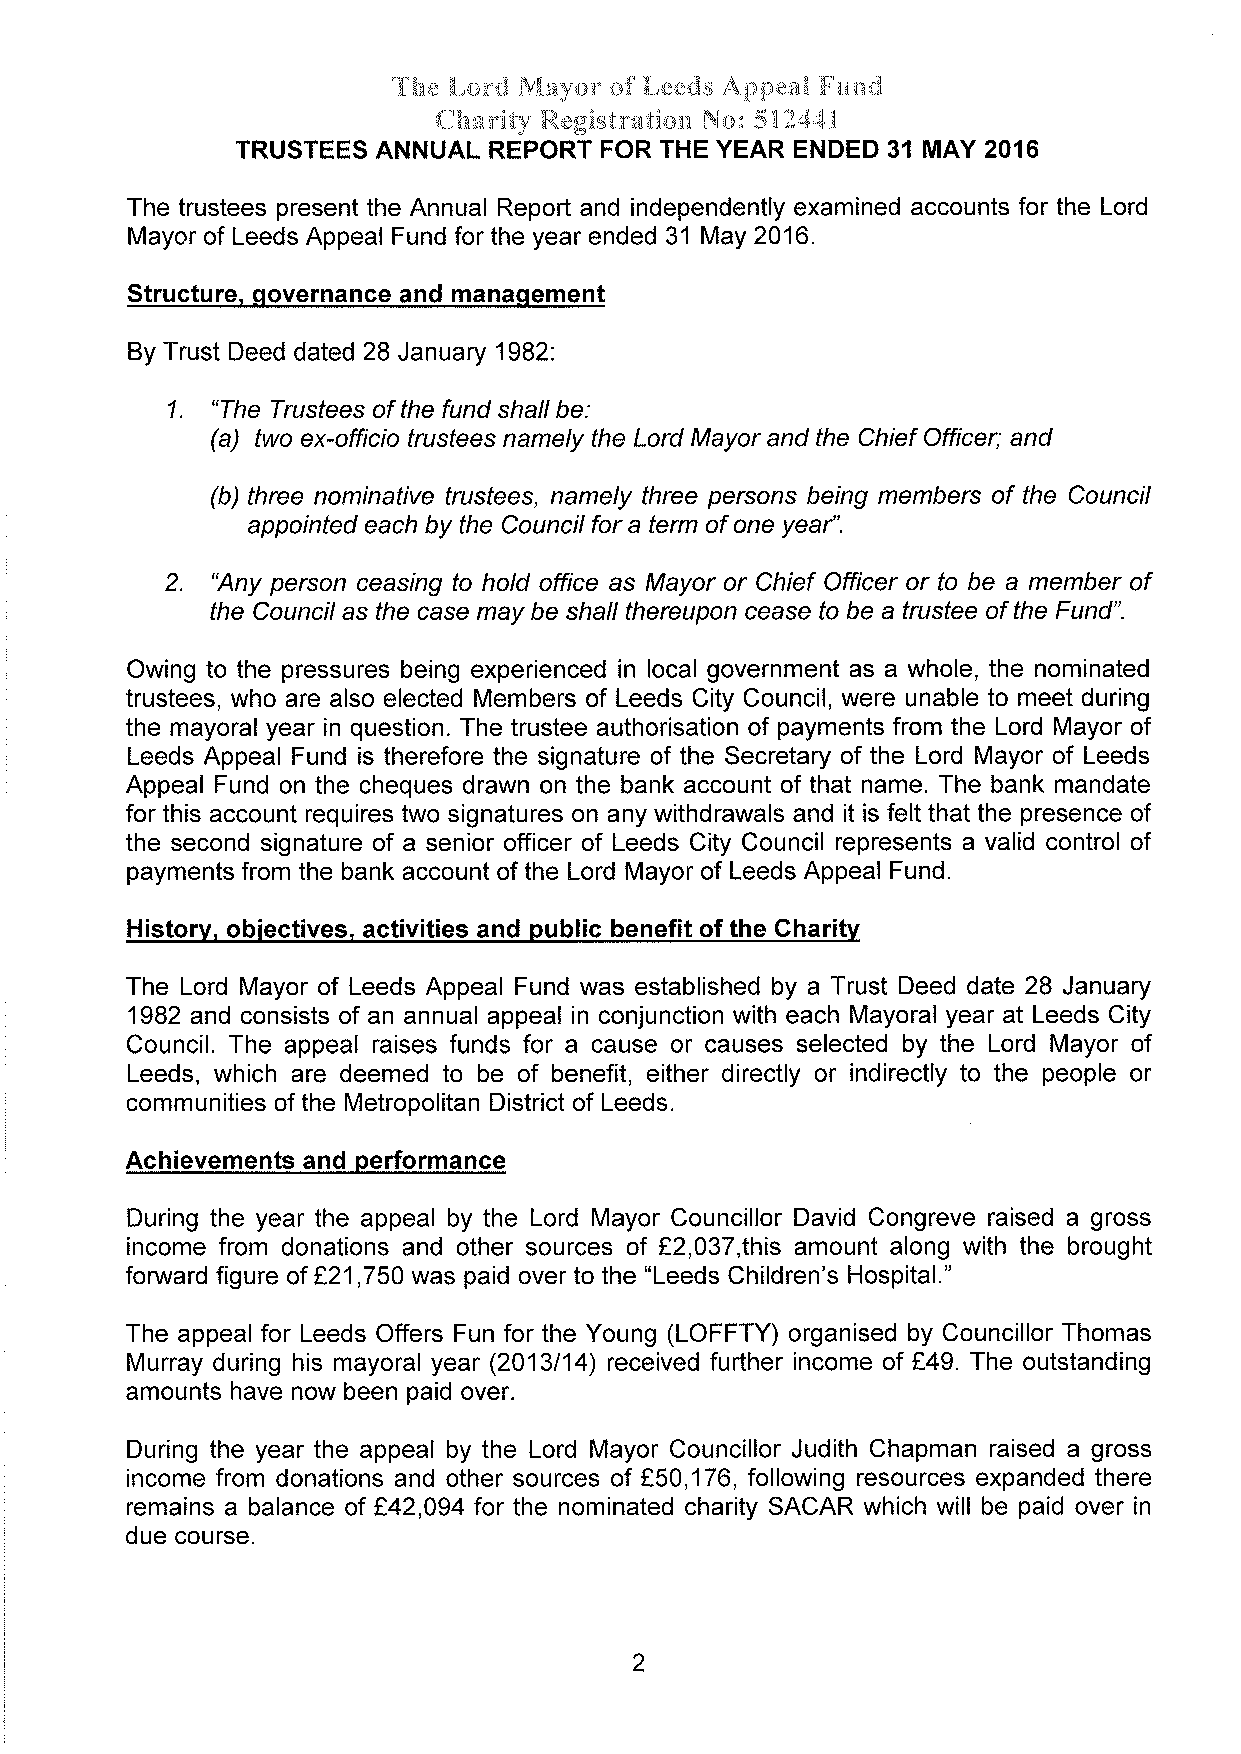
The Lord Mayor of Leeds Appeal Fund
 Charity Registration No: 512441
 TRUSTEES ANNUAL REPORT  FOR THE YEAR ENDED 3I MAY 2016
 The trustees present the Annual Report and independently examined accounts for the Lord
 Mayor of Leeds Appeal Fund for the year ended 31 May 2016.
 Structure, qovernance and manaqement
 By Trust Deed dated 28 January 1982
 1.
 "The Trustees of the fund shall be:
 (a) two ex-officío frusfees namely the Lord Mayor and the Chief Officer; and
 (b) three nominative frusfees, namely three persons being members of the Council
 appointed each by the Councilfor a term of one yeaf'.
 2.
 "Any person ceasing to hold office as Mayor or Chief Officer or to be a member of
 the Council as the case may be shall thereupon cease to be a trustee of the Fund".
 Owing to the pressures being experienced in local government as a whole, the nominated
 trustees, who are also elected Members of Leeds City Council, were unable to meet during
 the mayoral year in question. The trustee authorisation of payments from the Lord Mayor of
 Leeds Appeal Fund is therefore the signature of the Secretary of the Lord Mayor of Leeds
 Appeal Fund on the cheques drawn on the bank account of that name. The bank mandate
 for this account requires two signatures on any withdrawals and it is felt that the presence of
 the second signature of a senior officer of Leeds City Council represents a valid control of
 payments from the bank account of the Lord Mayor of Leeds Appeal Fund.
 History. obiectives. activities and public benefit of the Gharity
 The Lord Mayor of Leeds Appeal Fund was established by a Trust Deed date 28 January
 1982 and consists of an annual appeal in conjunction with each Mayoral yearat Leeds City
 Council. The appeal raises funds for a cause or causes selected by the Lord Mayor of
 Leeds, which are deemed to be of benefit, either directly or indirectly to the people or
 communities of the Metropolitan District of Leeds.
 Achievements and performance
 During the year the appeal by the Lord Mayor Councillor David Congreve raised a gross
 income from donations and other sources of E2,037,this amount along with the brought
 fonruard figure of î21,750 was paid over to the "Leeds Children's Hospital."
 The appeal for Leeds Offers Fun for the Young (LOFFTY) organised by Councillor Thomas
 Murray during his mayoral year (2013114) received further income of Ê49. The outstanding
 amounts have now been paid over.
 During the year the appeal by the Lord Mayor Councillor Judíth Chapman raised a gross
 income from donations and other sources of f50,176, following resources expanded there
 remains a balance of î42,094 for the nominated charity SACAR which will be paid over in
 due course.
 2